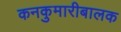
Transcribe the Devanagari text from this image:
कनकुमारीबालक